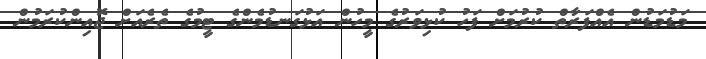
މަޑުމަޑުން އެއްފަރާތް ކުރުމަށް ފަހު ކުޅިވަރުގެ މީހުން އަޅުގަނޑުމެންގެ ޓީމުގެ ތެރެއަށް ޖޮއިންކުރަމުން